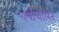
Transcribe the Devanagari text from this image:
वर्षाधारित